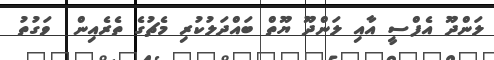
ލަންދޫ އެފްސީ އާއި ލަންދޫ ޔޫތް ބައްދަލުކުރި މެޗުގެ ތެރެއިން  ވަގުތު